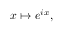
x \mapsto e ^ { i x } ,